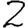
Digit: 2